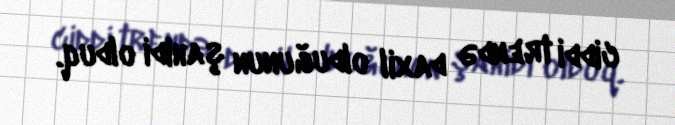
ciddi trendə daxil olduğunun şahidi olduq.